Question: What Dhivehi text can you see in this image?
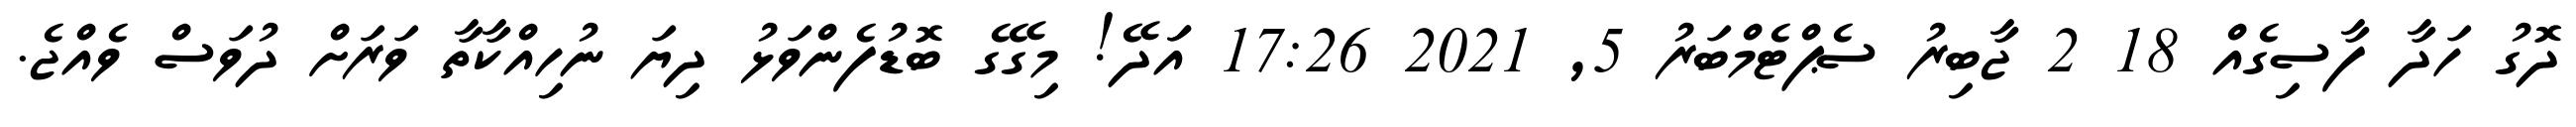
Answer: ދޮގު ހަދާ ފާސިގެއް 18 2 ޖާބިރު ސެޕްޓެމްބަރު 5, 2021 17:26 އަަދޭ! މިގޭގެ ބޮޑުފެންވަޅު ދިޔަ ނުހިއްކާތާ ވަރަށް ދުވަސް ވެއްޖެ.